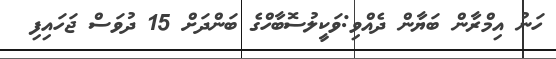
ހަނު އިމްރާން ބަޔާން ދެއްވި:ވަކީލުސޮބާހްގެ ބަންދަށް 15 ދުވަސް ޖަހައިފި